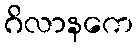
ဂိလာနကေ